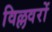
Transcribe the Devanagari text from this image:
विल्लवरों